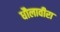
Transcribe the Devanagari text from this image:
धौलावीरा